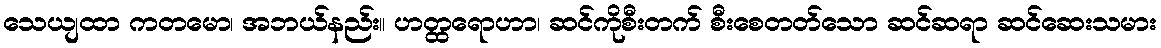
သေယျထာ ကတမော၊ အဘယ်နည်း။ ဟတ္ထရောဟာ၊ ဆင်ကိုစီးတက် စီးစေတတ်သော ဆင်ဆရာ ဆင်ဆေးသမား